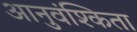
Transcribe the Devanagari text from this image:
आनुवंश्किता